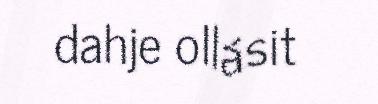
dahje ollásit